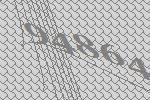
94864